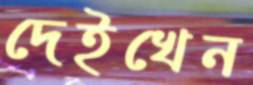
দেইখেন